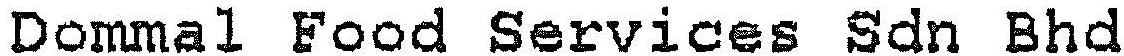
DOMMAL FOOD SERVICES SDN BHD